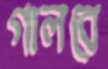
গালবে